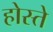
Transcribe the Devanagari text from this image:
होस्ते